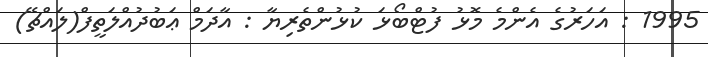
1995 : އަހަރުގެ އެންމެ މޮޅު ފުޓްބޯޅަ ކުޅުންތެރިޔާ : އާދަމް ޢަބުދުއްލަތީފް(ލައްޗޭ)